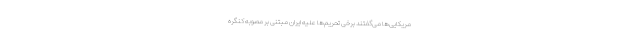
مریکایی‌ها می‌گفتند برخی تحریم‌ها علیه ایران مبتنی بر مصوبه کنگره